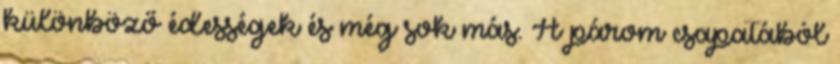
különböző édességek és még sok más. A párom csapatából